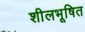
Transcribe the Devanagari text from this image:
शीलभूषित